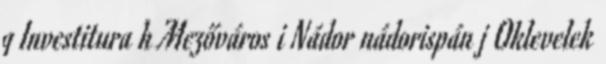
g Investitura h Mezőváros i Nádor nádorispán j Oklevelek